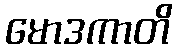
မောဒကာတိ